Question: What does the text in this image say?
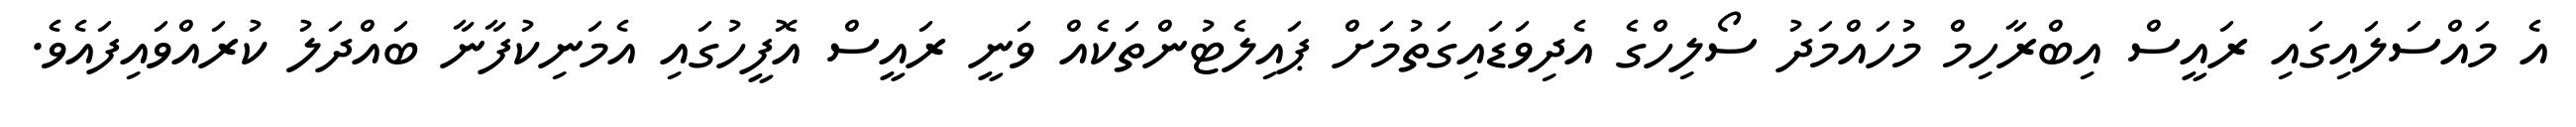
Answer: އެ މައްސަލައިގައި ރައީސް އިބްރާހިމް މުހައްމަދު ސޯލިހްގެ އެދިވަޑައިގަތުމަށް ޕައިލެޓުންތަކެއް ވަނީ ރައީސް އޮފީހުގައި އެމަނިކުފާނާ ބައްދަލު ކުރައްވައިފައެވެ.